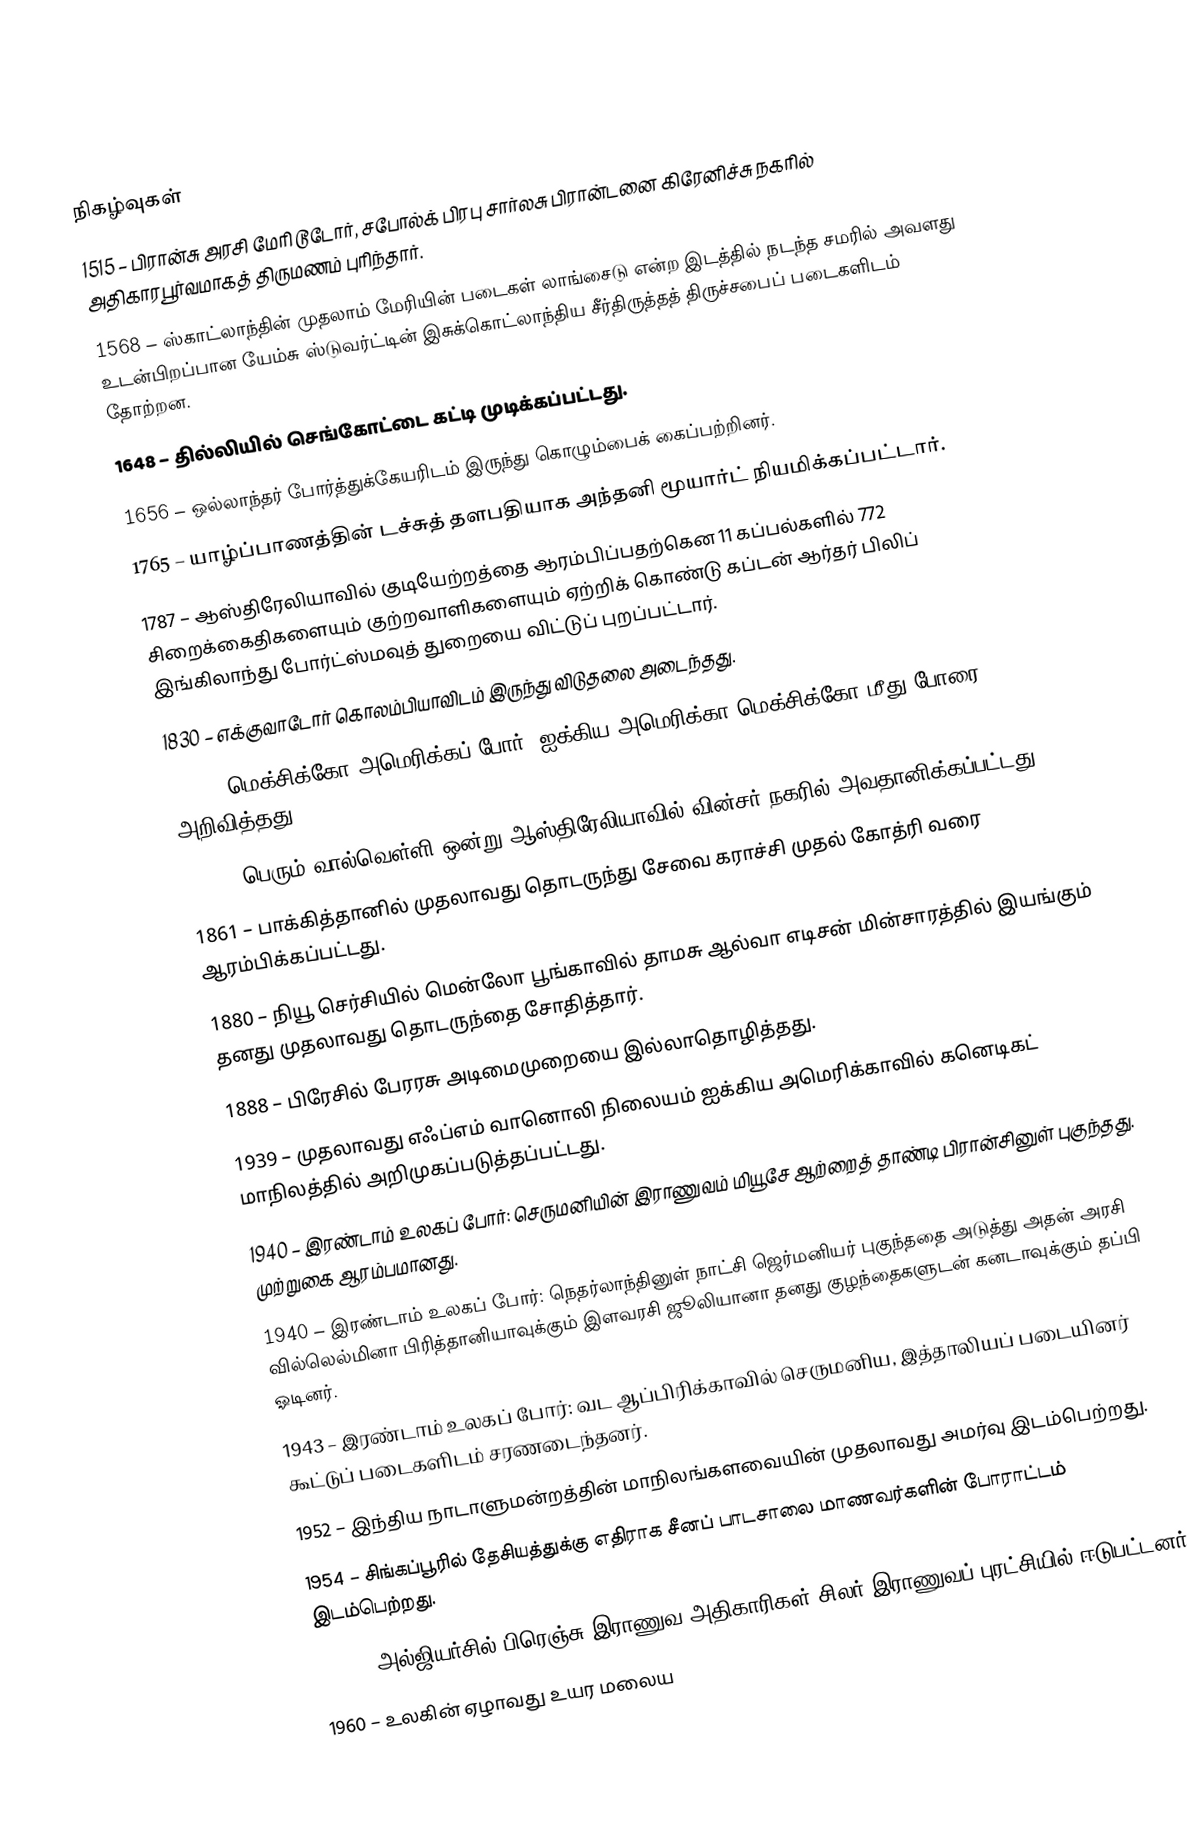

நிகழ்வுகள்
1515 – பிரான்சு அரசி மேரி டூடோர், சபோல்க் பிரபு சார்லசு பிரான்டனை கிரேனிச்சு நகரில் அதிகாரபூர்வமாகத் திருமணம் புரிந்தார்.
1568 – ஸ்காட்லாந்தின் முதலாம் மேரியின் படைகள் லாங்சைடு என்ற இடத்தில் நடந்த சமரில் அவளது உடன்பிறப்பான யேம்சு ஸ்டுவர்ட்டின் இசுக்கொட்லாந்திய சீர்திருத்தத் திருச்சபைப் படைகளிடம் தோற்றன.
1648 – தில்லியில் செங்கோட்டை கட்டி முடிக்கப்பட்டது.
1656 – ஒல்லாந்தர் போர்த்துக்கேயரிடம் இருந்து கொழும்பைக் கைப்பற்றினர்.
1765 – யாழ்ப்பாணத்தின் டச்சுத் தளபதியாக அந்தனி மூயார்ட் நியமிக்கப்பட்டார்.
1787 – ஆஸ்திரேலியாவில் குடியேற்றத்தை ஆரம்பிப்பதற்கென 11 கப்பல்களில் 772 சிறைக்கைதிகளையும் குற்றவாளிகளையும் ஏற்றிக் கொண்டு கப்டன் ஆர்தர் பிலிப் இங்கிலாந்து போர்ட்ஸ்மவுத் துறையை விட்டுப் புறப்பட்டார்.
1830 – எக்குவாடோர் கொலம்பியாவிடம் இருந்து விடுதலை அடைந்தது.
1846 – மெக்சிக்கோ-அமெரிக்கப் போர்: ஐக்கிய அமெரிக்கா மெக்சிக்கோ மீது போரை அறிவித்தது.
1861 – பெரும் வால்வெள்ளி ஒன்று ஆஸ்திரேலியாவில் வின்சர் நகரில் அவதானிக்கப்பட்டது.
1861 – பாக்கித்தானில் முதலாவது தொடருந்து சேவை கராச்சி முதல் கோத்ரி வரை ஆரம்பிக்கப்பட்டது.
1880 – நியூ செர்சியில் மென்லோ பூங்காவில் தாமசு ஆல்வா எடிசன் மின்சாரத்தில் இயங்கும் தனது முதலாவது தொடருந்தை சோதித்தார்.
1888 – பிரேசில் பேரரசு அடிமைமுறையை இல்லாதொழித்தது.
1939 – முதலாவது எஃப்எம் வானொலி நிலையம் ஐக்கிய அமெரிக்காவில் கனெடிகட் மாநிலத்தில் அறிமுகப்படுத்தப்பட்டது.
1940 – இரண்டாம் உலகப் போர்: செருமனியின் இராணுவம் மியூசே ஆற்றைத் தாண்டி பிரான்சினுள் புகுந்தது. முற்றுகை ஆரம்பமானது.
1940 – இரண்டாம் உலகப் போர்: நெதர்லாந்தினுள் நாட்சி ஜெர்மனியர் புகுந்ததை அடுத்து அதன் அரசி வில்லெல்மினா பிரித்தானியாவுக்கும் இளவரசி ஜூலியானா தனது குழந்தைகளுடன் கனடாவுக்கும் தப்பி ஓடினர்.
1943 – இரண்டாம் உலகப் போர்: வட ஆப்பிரிக்காவில் செருமனிய, இத்தாலியப் படையினர் கூட்டுப் படைகளிடம் சரணடைந்தனர்.
1952 – இந்திய நாடாளுமன்றத்தின் மாநிலங்களவையின் முதலாவது அமர்வு இடம்பெற்றது.
1954 – சிங்கப்பூரில் தேசியத்துக்கு எதிராக சீனப் பாடசாலை மாணவர்களின் போராட்டம் இடம்பெற்றது.
1958 – அல்ஜியர்சில் பிரெஞ்சு இராணுவ அதிகாரிகள் சிலர் இராணுவப் புரட்சியில் ஈடுபட்டனர்.
1960 – உலகின் ஏழாவது உயர மலைய